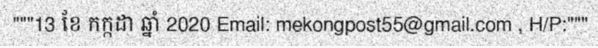
"""13 ខែ កក្កដា ឆ្នាំ 2020 Email: mekongpost55@gmail.com , H/P:"""